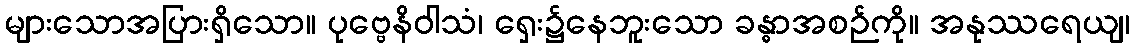
များသောအပြားရှိသော။ ပုဗ္ဗေနိဝါသံ၊ ရှေး၌နေဘူးသော ခန္ဓာအစဉ်ကို။ အနုဿရေယျ၊